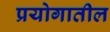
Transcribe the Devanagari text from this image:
प्रयोगातील